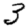
Digit: 3